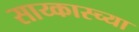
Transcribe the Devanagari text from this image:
साय्कास्च्या